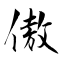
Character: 傲